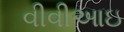
વીવીઆઇ